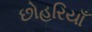
છોહરિયાઁ